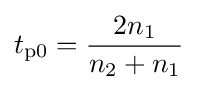
t_{\text{p0}}={\frac {2n_{1}}{n_{2}+n_{1}}}